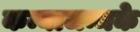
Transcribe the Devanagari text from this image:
कन्याजन्मके